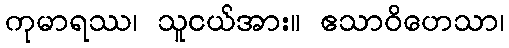
ကုမာရဿ၊ သူငယ်အား။ ဧသာဝိဟေသာ၊